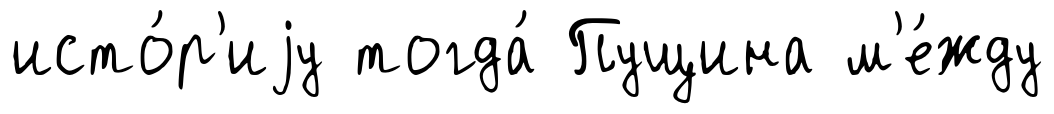
исто́р'иjу тогда́ Пущина м'е́жду